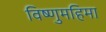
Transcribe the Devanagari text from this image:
विष्णुमहिमा